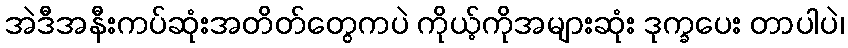
အဲဒီအနီးကပ်ဆုံးအတိတ်တွေကပဲ ကိုယ့်ကိုအများဆုံး ဒုက္ခပေး တာပါပဲ၊